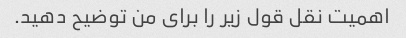
اهمیت نقل قول زیر را برای من توضیح دهید.